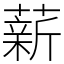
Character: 薪